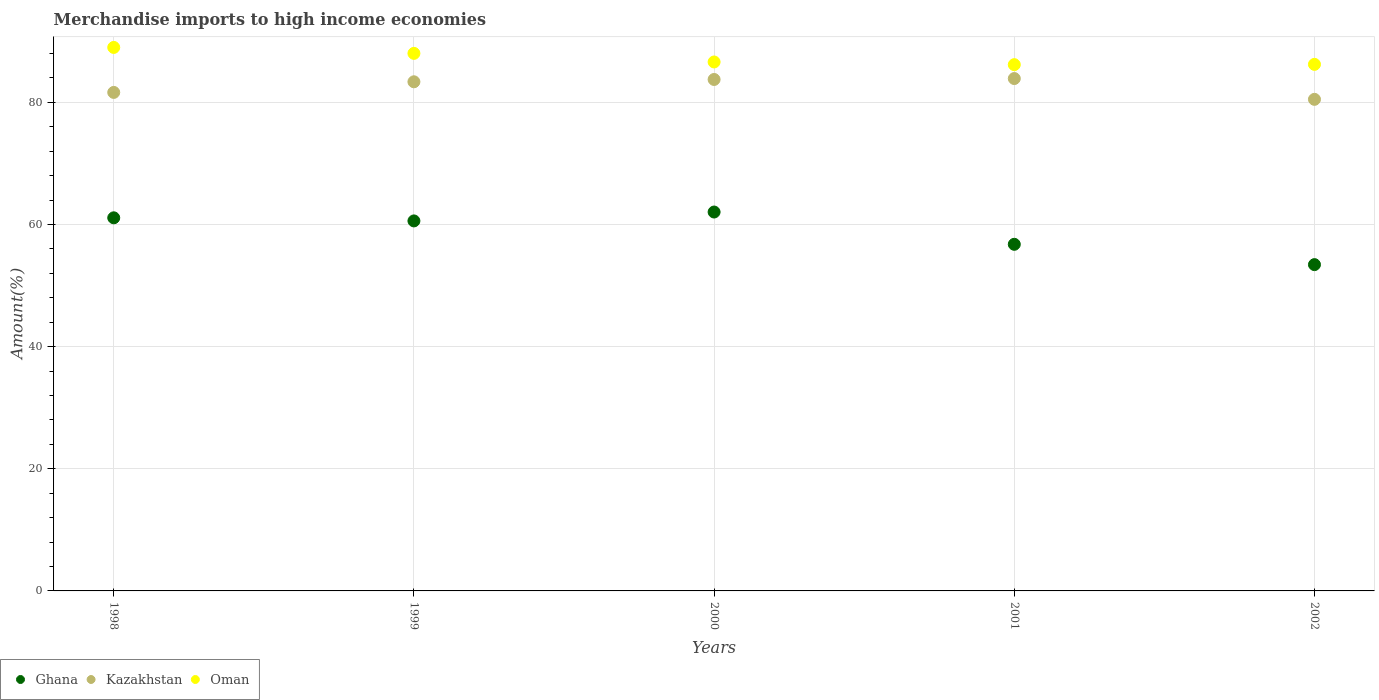
| Years | Ghana | Kazakhstan | Oman |
 | --- | --- | --- | --- |
 | 1998 | 61.1 | 81.6 | 89 |
 | 1999 | 60.6 | 83.4 | 88 |
 | 2000 | 62 | 83.8 | 86.6 |
 | 2001 | 56.8 | 83.9 | 86.2 |
 | 2002 | 53.4 | 80.5 | 86.2 |